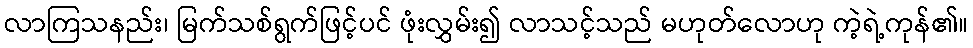
လာကြသနည်း၊ မြက်သစ်ရွက်ဖြင့်ပင် ဖုံးလွှမ်း၍ လာသင့်သည် မဟုတ်လောဟု ကဲ့ရဲ့ကုန်၏။